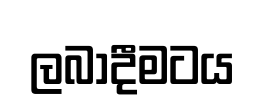
ලබාදීමටය